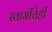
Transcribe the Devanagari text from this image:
स्वामींचेही